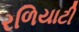
રળિયાટી